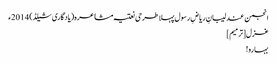
انجمن عندلیبانِ ریاضِ رسول پہلا طرحی نعتیہ مشاعرہ(یادگاری شیلڈ) 2014ء
غزل[ترمیم]
بہارو!